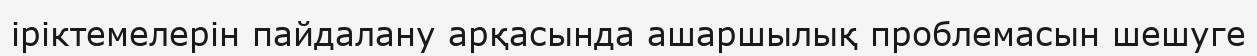
іріктемелерін пайдалану арқасында ашаршылық проблемасын шешуге